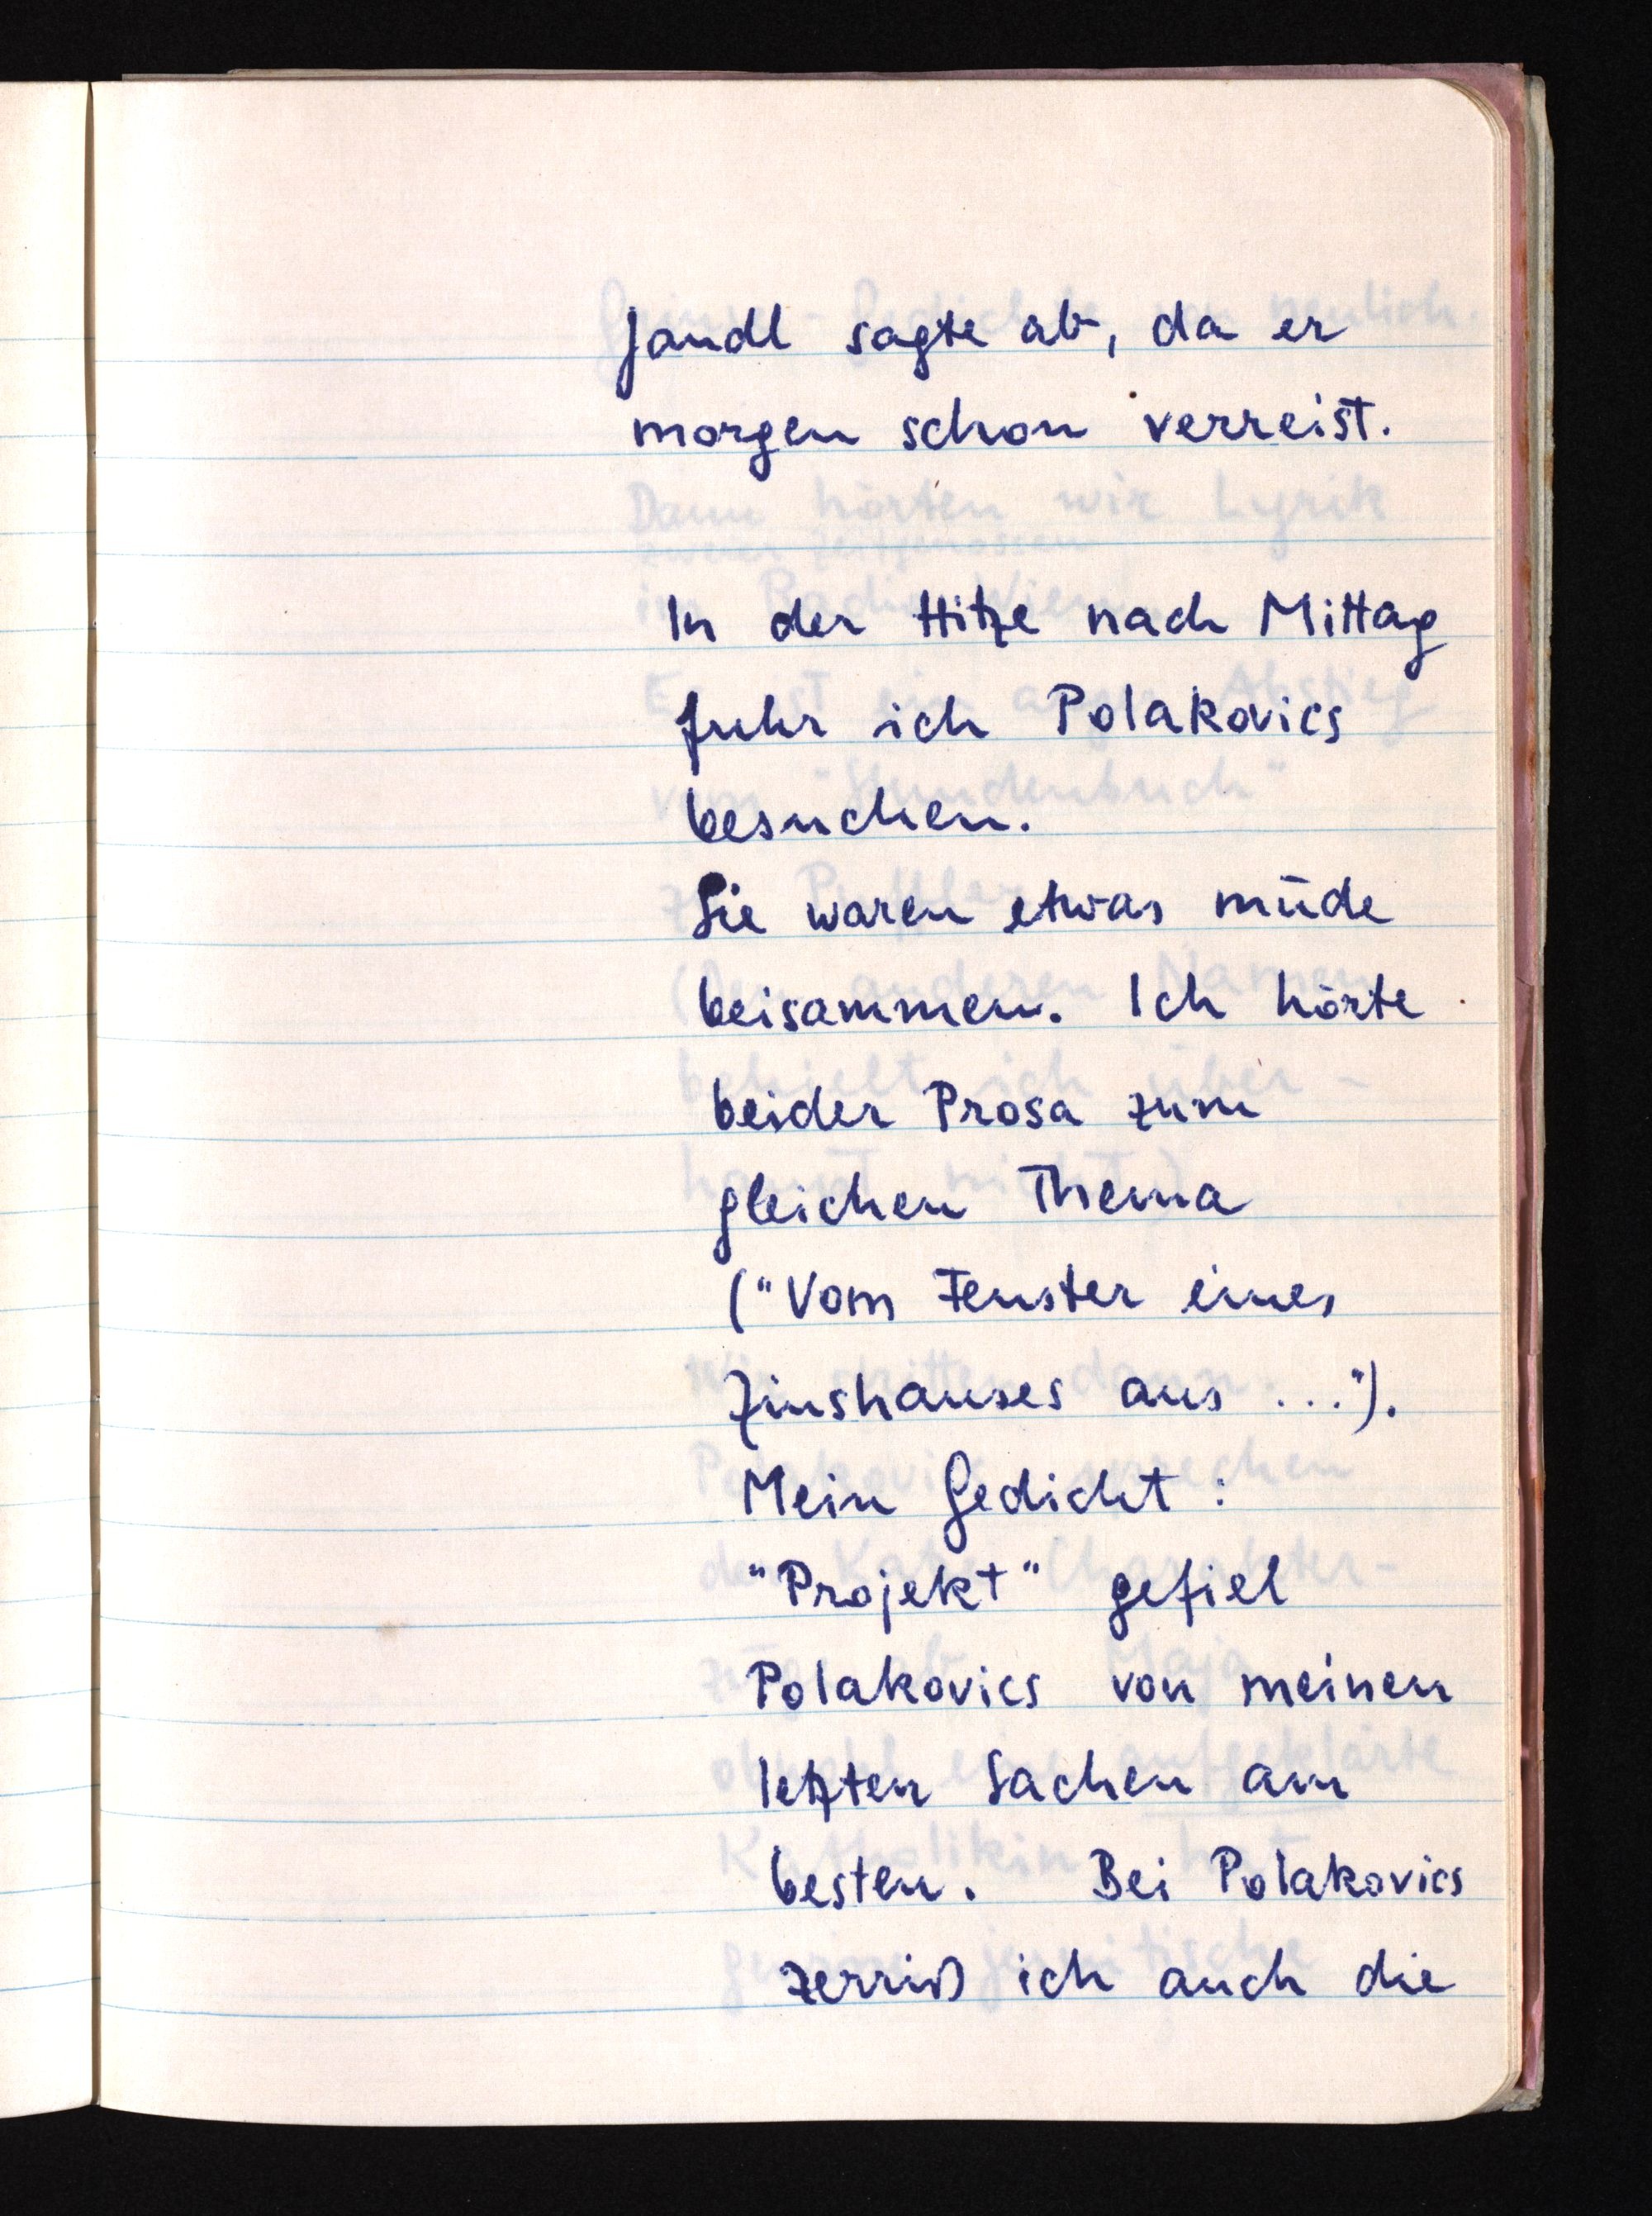
Jandl sagte ab, da er
morgen schon verreist.
In der Hitze nach Mittag
fuhr ich Polakovics
besuchen.
Sie waren etwas müde
beisammen. Ich hörte
beider Prosa zum
gleichen Thema
("Vom Fenster eines
Zinshauses aus ...").
Mein Gedicht:
"Projekt" gefiel
Polakovics von meinen
letzten Sachen am
besten. Bei Polakovics
zerriß ich auch die